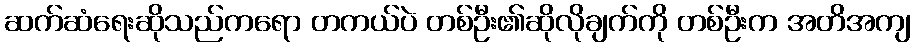
ဆက်ဆံရေးဆိုသည်ကရော တကယ်ပဲ တစ်ဦး၏ဆိုလိုချက်ကို တစ်ဦးက အတိအကျ